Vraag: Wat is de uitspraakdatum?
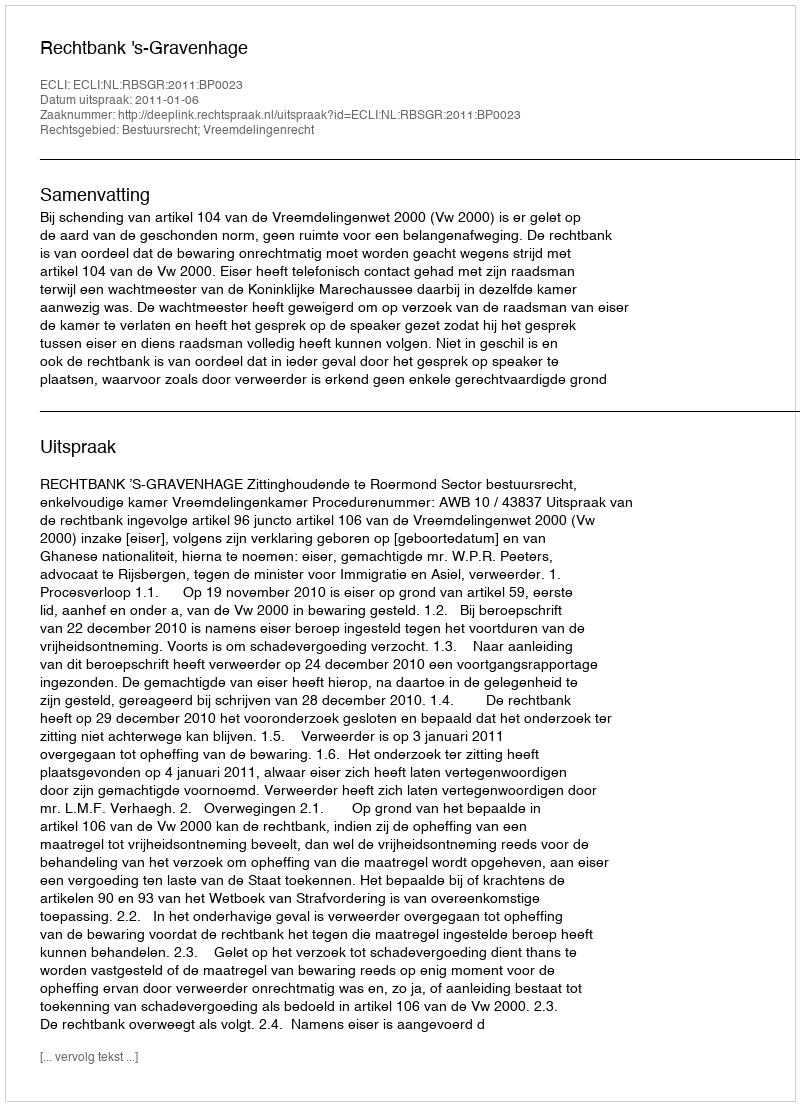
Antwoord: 2011-01-06